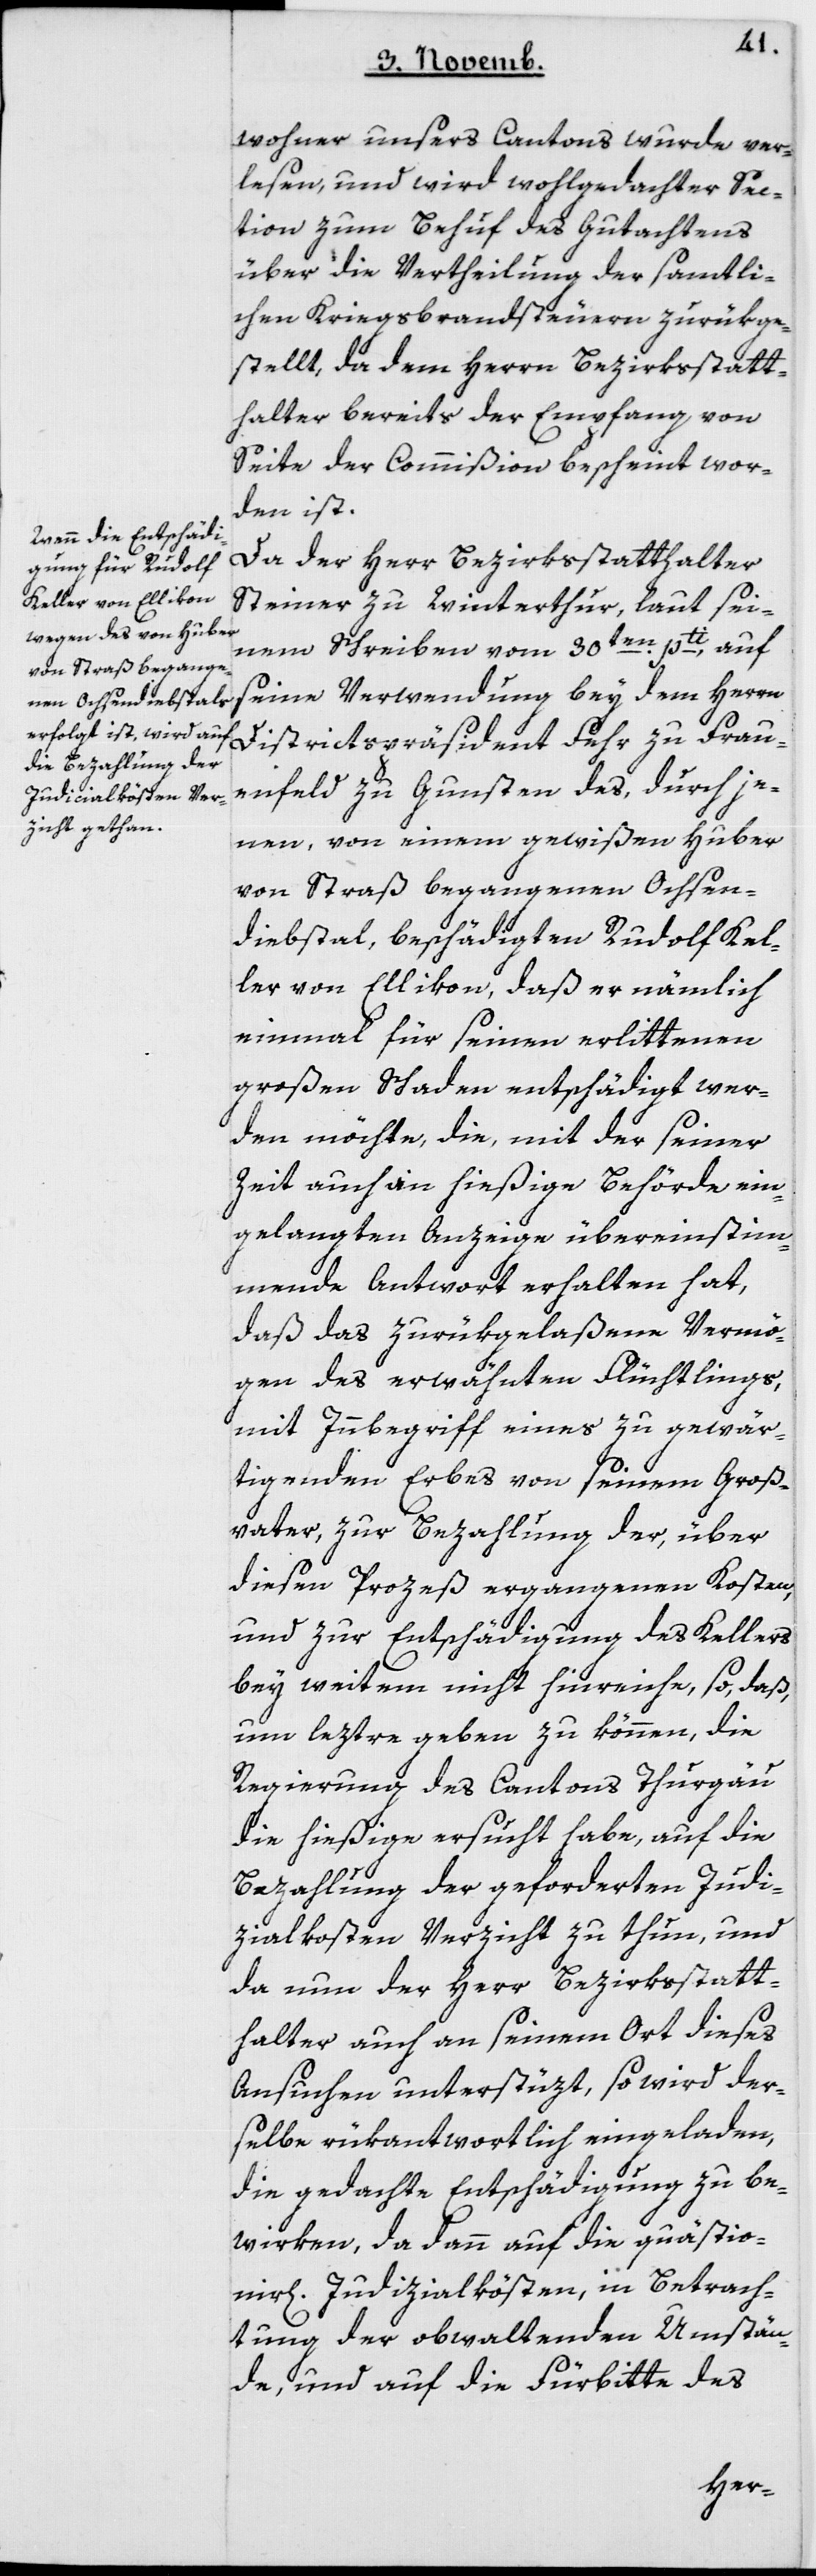
wohner unseres Cantons wurde ver¬
lesen und wird wohlgedachter Sec¬
tion zum Behuf des Gutachtens
über die Vertheilung der sämtli¬
chen Kriegsbrandsteuern zurükge¬
stellt, da dem Herrn Bezirksstatt¬
halter bereits der Empfang von
Seite der Commißion bescheint wor¬
den ist.
Da der Herr Bezirksstatthalter
Steiner zu Winterthur, laut sei¬
nem Schreiben vom 30ten pti, auf
seine Verwendung bey dem Herrn
Districtspräsident Fehr zu Frau¬
enfeld zu Gunsten des, durch je¬
nen, von einem gewißen Huber
von Straß begangenen Ochsen¬
diebstal, beschädigten Rudolf Kel¬
ler von Ellikon, daß er nämlich
einmal für seinen erlittenen
großen Schaden entschädigt wer¬
den möchte, die, mit der seiner
Zeit auch an hießige Behörde ein¬
gelangten Anzeige übereinstim¬
mende Antwort erhalten hat,
daß das zurükgelaßene Vermö¬
gen des erwähnten Flüchtlings,
mit Innbegriff eines zu gewär¬
tigenden Erbes von seinem Groß¬
vater, zur Bezahlung der, über
diesen Prozeß ergangenen Kosten,
und zur Entschädigung des Kellers
bey weitem nicht hinreiche, so daß,
um leztere geben zu können, die
Regierung des Cantons Thurgau
die hießige ersucht habe, auf die
Bezahlung der geforderten Judi¬
cialkosten Verzicht zu thun, und
da nun der Herr Bezirksstatt¬
halter auch an seinem Ort dieses
Ansuchen unterstüzt, so wird der¬
selbe rükantwortlich eingeladen,
die gedachte Entschädigung zu be¬
wirken, da dann auf die quästion¬
lichen Judicialkösten, in Betrach¬
tung der obwaltenden Umstän¬
de, und auf die Fürbitte des
ier¬